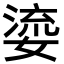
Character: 𭒐